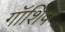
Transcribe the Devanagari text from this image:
गॉशिप